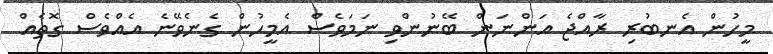
މީހުން އެނބުރި ރާއްޖެ އަންނަން ބޭނުންވި ނަމަވެސް އެމީހުން ގެނެވޭނެ އެއްވެސް ގޮތެއް